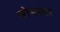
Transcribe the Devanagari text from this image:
सोभाकार